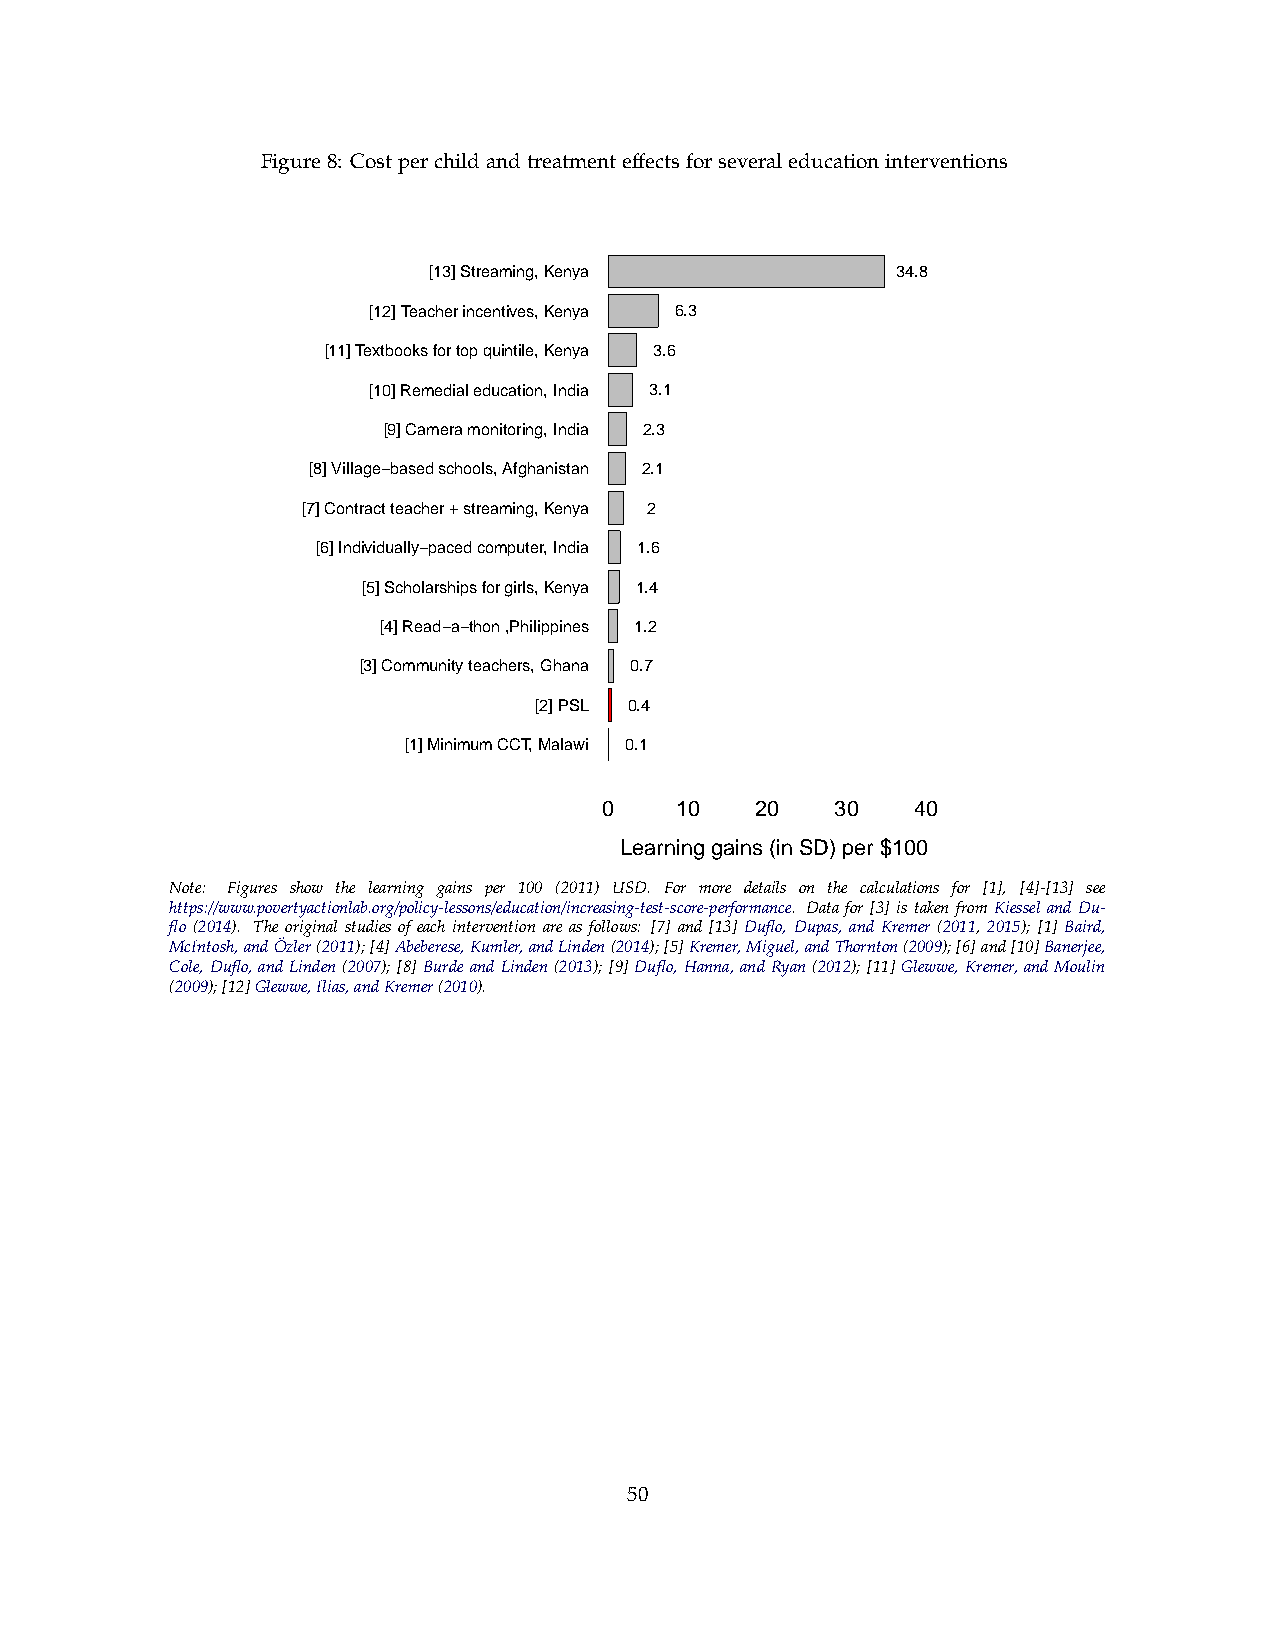
Figure8: Costperchildandtreatmenteffectsforseveraleducationinterventions
 [13] Streaming, Kenya          34.8
 [12] Teacher incentives, Kenya 6.3
 [11] Textbooks for top quintile, Kenya 3.6
 [10] Remedial education, India 3.1
 [9] Camera monitoring, India 2.3
 [8] Village−based schools, Afghanistan 2.1
 [7] Contract teacher + streaming, Kenya 2
 [6] Individually−paced computer, India 1.6
 [5] Scholarships for girls, Kenya 1.4
 [4] Read−a−thon ,Philippines 1.2
 [3] Community teachers, Ghana 0.7
 [2] PSL 0.4
 [1] Minimum CCT, Malawi 0.1
 0    10   20   30    40
 Learning gains (in SD) per $100
 Note: Figures show the learning gains per 100 (2011) USD. For more details on the calculations for [1], [4]-[13] see
 https://www.povertyactionlab.org/policy-lessons/education/increasing-test-score-performance. Data for [3] is taken from Kiessel and Du-
 flo (2014). The original studies of each intervention are as follows: [7] and [13] Duflo, Dupas, and Kremer (2011, 2015); [1] Baird,
 McIntosh,andO¨zler(2011);[4]Abeberese,Kumler,andLinden(2014);[5]Kremer,Miguel,andThornton(2009);[6]and[10]Banerjee,
 Cole, Duflo,andLinden(2007); [8]BurdeandLinden(2013); [9]Duflo, Hanna,andRyan(2012); [11]Glewwe, Kremer,andMoulin
 (2009);[12]Glewwe,Ilias,andKremer(2010).
 50